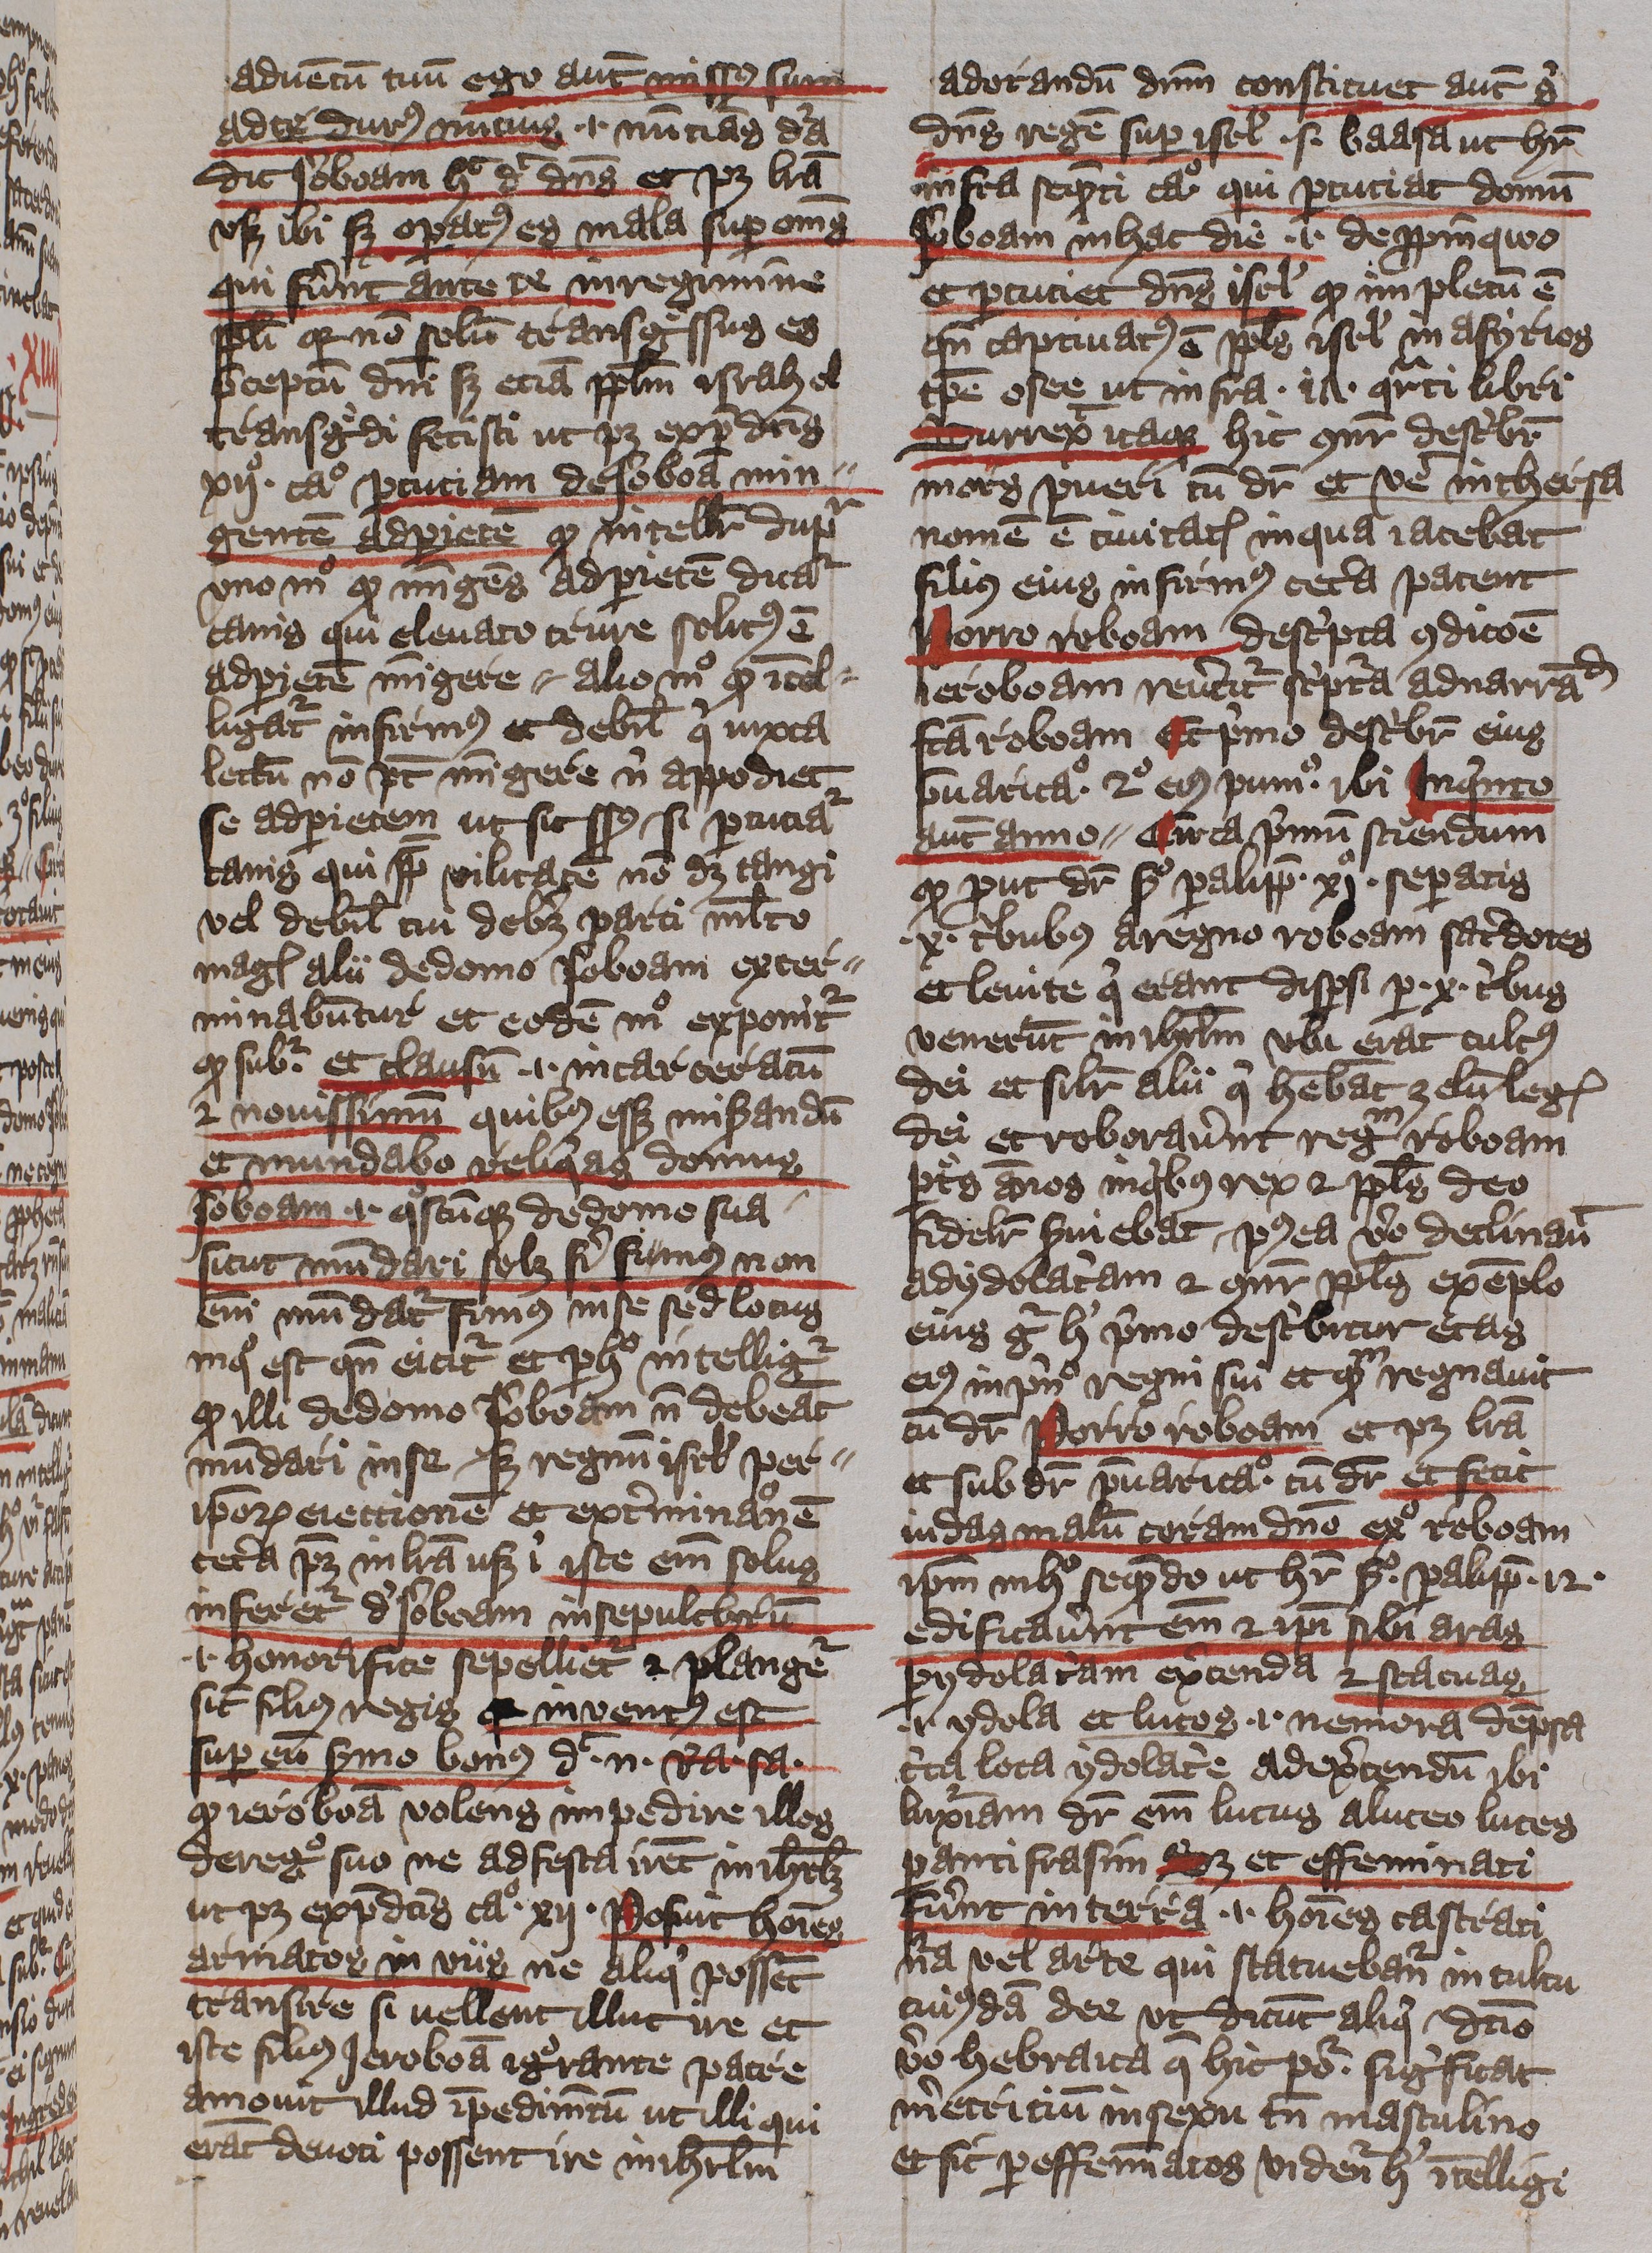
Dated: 1400–1401